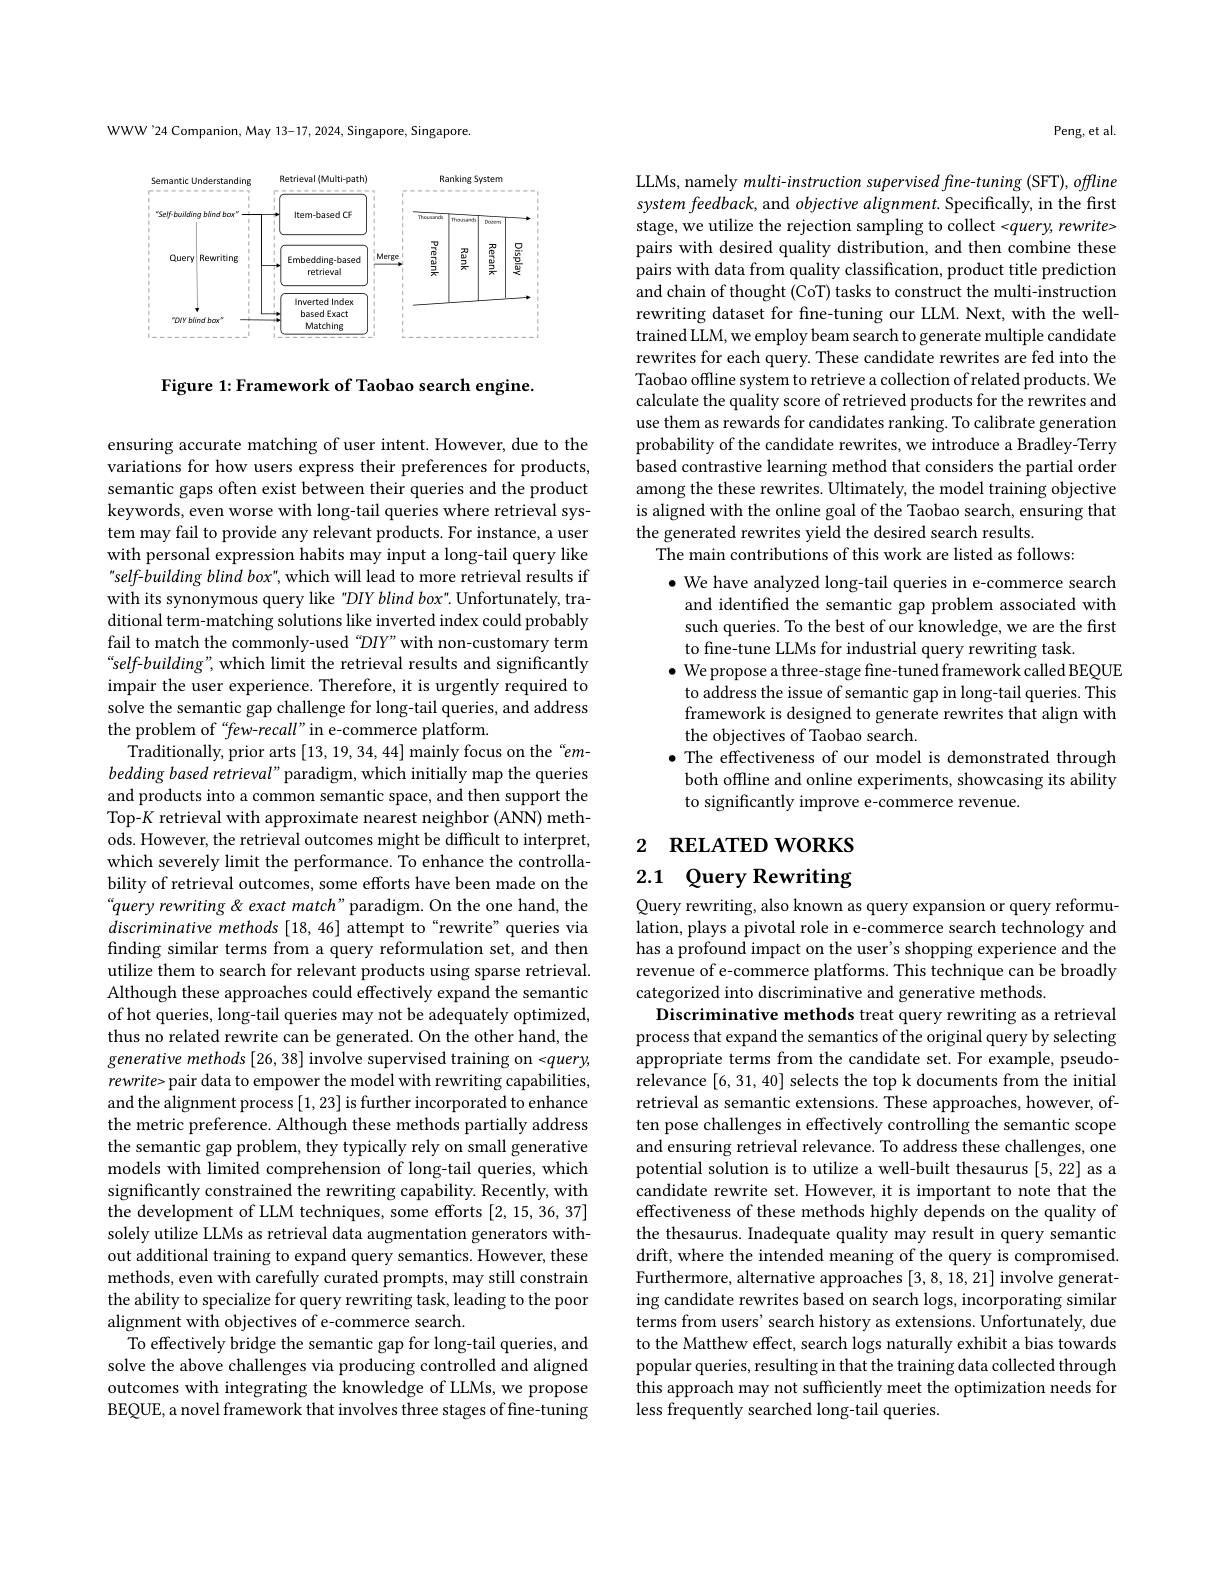
WWW'24 Companion, May 13-17, 2024, Singapore, Singapore.

<FigureHere>

Figure 1: Framework of Taobao search engine.

ensuring accurate matching of user intent. However, due to the variations for how users express their preferences for products, semantic gaps often exist between their queries and the product keywords, even worse with long-tail queries where retrieval system may fail to provide any relevant products. For instance, a user with personal expression habits may input a long-tail query like self-building blind box", which will lead to more retrieval results if with its synonymous query like "DIY blind box". Unfortunately, traditional term-matching solutions like inverted index could probably fail to match the commonly-used "DIY"with non-customary term “self-building”, which limit the retrieval results and significantly impair the user experience. Therefore, it is urgently required to solve the semantic gap challenge for long-tail queries, and address the problem of “few-recall” in e-commerce platform.
Traditionally, prior arts [13,19,34,44] mainly focus on the“embedding based retrieval" paradigm, which initially map the queries and products into a common semantic space, and then support the Top-$K$ retrieval with approximate nearest neighbor (ANN) methods. However, the retrieval outcomes might be difficult to interpret, which severely limit the performance. To enhance the controllability of retrieval outcomes, some efforts have been made on the “query rewriting & exact match”paradigm. On the one hand, the discriminative methods [18,46] attempt to“rewrite”queries via finding similar terms from a query reformulation set, and then utilize them to search for relevant products using sparse retrieval. Although these approaches could effectively expand the semantic of hot queries, long-tail queries may not be adequately optimized, thus no related rewrite can be generated. On the other hand, the generative methods [26, 38] involve supervised training on <query, rewrite> pair data to empower the model with rewriting capabilities, and the alignment process [1,23] is further incorporated to enhance the metric preference. Although these methods partially address the semantic gap problem, they typically rely on small generative models with limited comprehension of long-tail queries, which significantly constrained the rewriting capability. Recently, with the development of LLM techniques, some efforts [2,15,36,37] solely utilize LLMs as retrieval data augmentation generators without additional training to expand query semantics. However, these methods, even with carefully curated prompts, may still constrain the ability to specialize for query rewriting task, leading to the poor alignment with objectives of e-commerce search.
To effectively bridge the semantic gap for long-tail queries, and solve the above challenges via producing controlled and aligned outcomes with integrating the knowledge of LLMs, we propose BEQUE, a novel framework that involves three stages of fine-tuning

Peng, et al.

LLMs, namely $multi-instruction$ supervised fine-tuning (SFT), offline system feedback, and objective alignment. Specifically, in the first stage, we utilize the rejection sampling to collect <query, rewrite> pairs with desired quality distribution, and then combine these pairs with data from quality classification, product title prediction and chain of thought (CoT) tasks to construct the multi-instruction rewriting dataset for fne-tuning our LLM. Next, with the welltrained LLM, we employ beam search to generate multiple candidate rewrites for each query. These candidate rewrites are fed into the Taobao offline system to retrieve a collection of related products. We calculate the quality score of retrieved products for the rewrites and use them as rewards for candidates ranking. To calibrate generation probability of the candidate rewrites, we introduce a Bradley-Terry based contrastive learning method that considers the partial order among the these rewrites. Ultimately, the model training objective is aligned with the online goal of the Taobao search, ensuring that the generated rewrites yield the desired search results.
The main contributions of this work are listed as follows:

$\bullet$ We have analyzed long-tail queries in e-commerce search and identified the semantic gap problem associated with such queries. To the best of our knowledge, we are the first to fine-tune LLMs for industrial query rewriting task
$\bullet$ We propose a three-stage fine-tuned framework called BEQUE to address the issue of semantic gap in long-tail queries. This framework is designed to generate rewrites that align with the objectives of Taobao search.
$\bullet$ The effectiveness of our model is demonstrated through both offline and online experiments, showcasing its ability to significantly improve e-commerce revenue

2 RELATED WORKS

# 2.1 Query Rewriting

Query rewriting, also known as query expansion or query reformulation, plays a pivotal role in e-commerce search technology and has a profound impact on the user's shopping experience and the revenue of e-commerce platforms. This technique can be broadly categorized into discriminative and generative methods
Discriminative methods treat query rewriting as a retrieval process that expand the semantics of the original query by selecting appropriate terms from the candidate set. For example, pseudorelevance [6,31,40] selects the top k documents from the initial retrieval as semantic extensions. $\hat{\text{These approaches,however,of-}}$ ten pose challenges in effectively controlling the semantic scope and ensuring retrieval relevance. To address these challenges, one potential solution is to utilize a well-built thesaurus [5,22] as a candidate rewrite set. However, it is important to note that the effectiveness of these methods highly depends on the quality of the thesaurus. Inadequate quality may result in query semantic drift, where the intended meaning of the query is compromised. Furthermore, alternative approaches [3,8,18,21] involve generating candidate rewrites based on search logs, incorporating similar terms from users' search history as extensions. Unfortunately, due to the Matthew effect, search logs naturally exhibit a bias towards popular queries, resulting in that the training data collected through this approach may not sufficiently meet the optimization needs for less frequently searched long-tail queries.